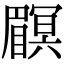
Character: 𥌏